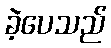
ခဲ့ပေသည်